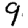
Digit: 9